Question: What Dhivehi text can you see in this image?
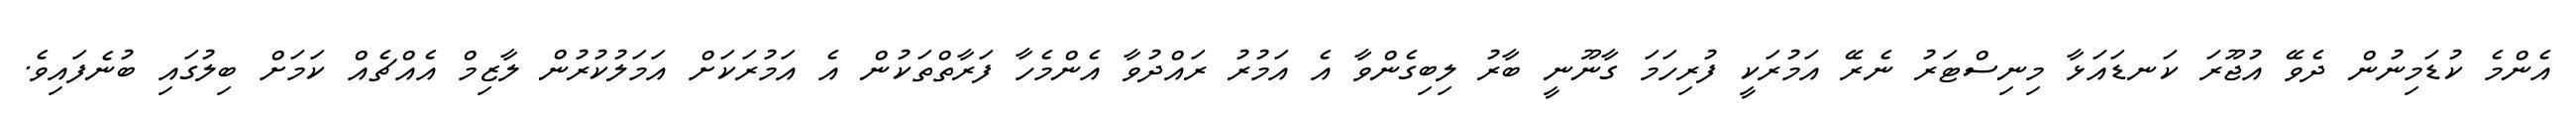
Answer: އެންމެ ކުޑަމިނުން ދެވޭ އުޖޫރަ ކަނޑައަޅާ މިނިސްޓަރު ނެރޭ އަމުރަކީ ފުރިހަމަ ގާނޫނީ ބާރު ލިބިގެންވާ އެ އަމުރު ރައްދުވާ އެންމެހާ ފަރާތްތަކުން އެ އަމުރަކަށް އަމަލުކުރުން ލާޒިމް އެއްޗެއް ކަމަށް ބިލުގައި ބުނެފައިވެ.